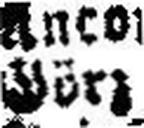
Görz